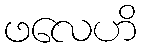
ဖလေဟိ